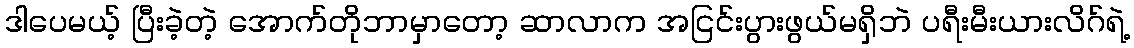
ဒါပေမယ့် ပြီးခဲ့တဲ့ အောက်တိုဘာမှာတော့ ဆာလာက အငြင်းပွားဖွယ်မရှိဘဲ ပရီးမီးယားလိဂ်ရဲ့